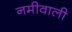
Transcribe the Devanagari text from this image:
नमीवाली